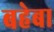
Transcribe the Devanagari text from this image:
बहेबा